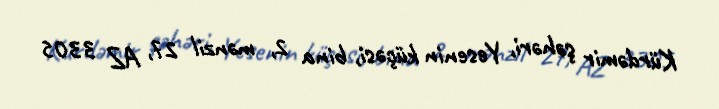
Kürdəmir şəhəri, Yesenin küçəsi, bina 2, mənzil 27, AZ 3305